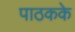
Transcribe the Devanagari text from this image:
पाठकके